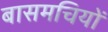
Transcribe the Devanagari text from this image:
बासमचियों